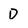
Character: D